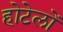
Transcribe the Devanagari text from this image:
होटेलों